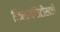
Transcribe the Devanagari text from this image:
फिल्मसिटीसाठी